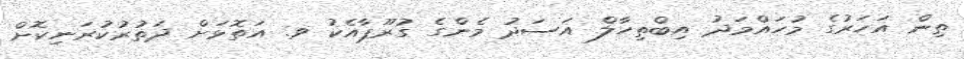
ތިން އަހަރުގެ މުހައްމަދު އިބްތިހާލް އަސަދު މެންގެ ގުރޫޕާއެކު ވ. އަތޮޅަށް ދަތުރުކުރަނިކޮށް